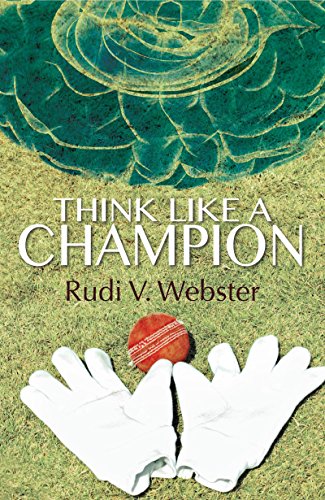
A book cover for Think Like A Champion; Rudi V. Webster; Sports & Outdoors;